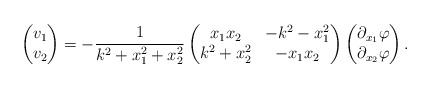
\begin{align*}\begin{pmatrix}v_1 \\v_2\end{pmatrix}=-\frac{1}{k^2+x_1^2+x_2^2}\begin{pmatrix}x_1x_2 & -k^2-x_1^2 \\k^2+x_2^2 & -x_1x_2\end{pmatrix}\begin{pmatrix}\partial_{x_1}\varphi \\\partial_{x_2}\varphi\end{pmatrix}.\end{align*}